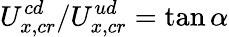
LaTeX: U_{x,cr}^{cd}/U_{x,cr}^{ud}=\tan\alpha